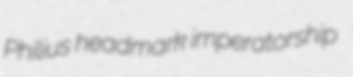
Philius headmark imperatorship